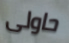
حاولى